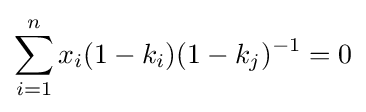
\sum _{i=1}^{n}x_{i}(1-k_{i})(1-k_{j})^{-1}=0